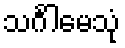
သင်္ဂါမေသုံ